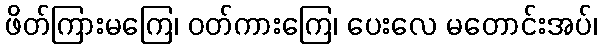
ဖိတ်ကြားမကြေ၊ ဝတ်ကားကြေ၊ ပေးလေ မတောင်းအပ်၊